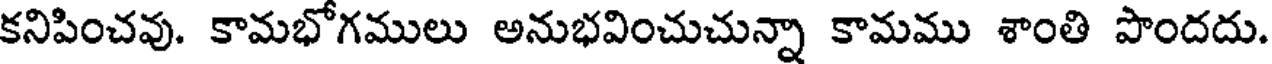
కనిపించవు. కామభోగములు అనుభవించుచున్నా కామము శాంతి పొందదు.